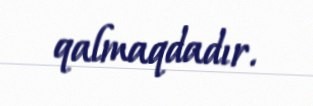
qalmaqdadır.